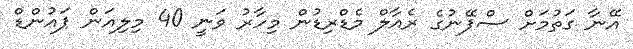
އޭނާ ގަތުމަށް ސްޕޭނުގެ ރެއާލް މެޑްރިޑުން މިހާރު ވަނީ 40 މިލިއަން ޕައުންޑް